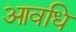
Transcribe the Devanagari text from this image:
आवधि